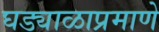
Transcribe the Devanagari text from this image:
घड्याळाप्रमाणे